Report of an investigation of the epidemic of malarial fever in Assam, or, kala-azar
Disease focus: Malaria
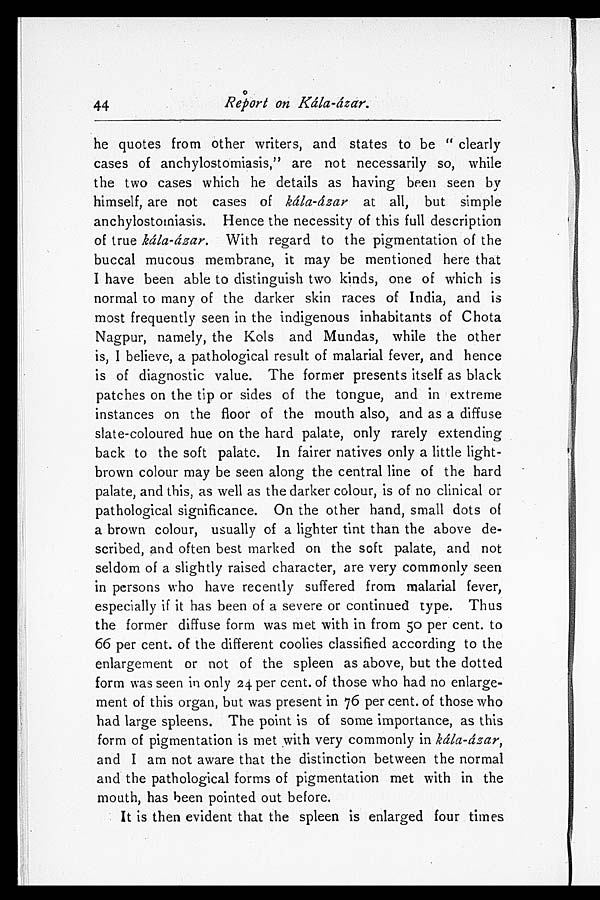
Report on Kála-ázar.
he quotes from other writers, and states to be "clearly
cases of anchylostomiasis," are not necessarily so, while
the two cases which he details as having been seen by
himself, are not cases of kála-ázar at all, but simple
anchylostomiasis. Hence the necessity of this full description
of true kála-ázar. With regard to the pigmentation of the
buccal mucous membrane, it may be mentioned here that
I have been able to distinguish two kinds, one of which is
normal to many of the darker skin races of India, and is
most frequently seen in the indigenous inhabitants of Chota
Nagpur, namely, the Kols and Mundas, while the other
is, I believe, a pathological result of malarial fever, and hence
is of diagnostic value. The former presents itself as black
patches on the tip or sides of the tongue, and in extreme
instances on the floor of the mouth also, and as a diffuse
slate-coloured hue on the hard palate, only rarely extending
back to the soft palate. In fairer natives only a little light-
brown colour may be seen along the central line of the hard
palate, and this, as well as the darker colour, is of no clinical or
pathological significance. On the other hand, small dots of
a brown colour, usually of a lighter tint than the above de
-scribed, and often best marked on the soft palate, and not
seldom of a slightly raised character, are very commonly seen
in persons who have recently suffered from malarial fever,
especially if it has been of a severe or continued type. Thus
the former diffuse form was met with in from 50 per cent. to
66 per cent. of the different coolies classified according to the
enlargement or not of the spleen as above, but the dotted
form was seen in only 24 per cent. of those who had no enlarge
-ment of this organ, but was present in 76 per cent. of those who
had large spleens. The point is of some importance, as this
form of pigmentation is met with very commonly in kála-ázar,
and I am not aware that the distinction between the normal
and the pathological forms of pigmentation met with in the
mouth, has been pointed out before.
It is then evident that the spleen is enlarged four times
44